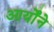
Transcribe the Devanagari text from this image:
आर्योंने